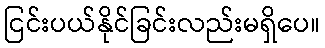
ငြင်းပယ်နိုင်ခြင်းလည်းမရှိပေ။